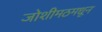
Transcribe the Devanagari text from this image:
जोशीमठमधून